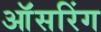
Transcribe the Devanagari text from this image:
ऑंसरिंग